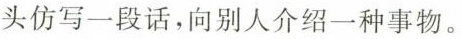
头仿写一段话，向别人介绍一种事物。